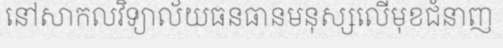
នៅសាកលវិទ្យាល័យធនធានមនុស្សលើមុខជំនាញ